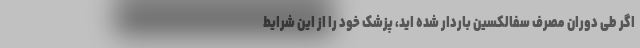
اگر طی دوران مصرف سفالکسین باردار شده اید، پزشک خود را از این شرایط